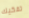
تفكيك